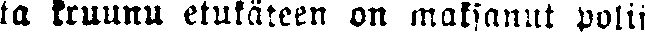
ta kruunu etukäteen on maksanut polii